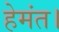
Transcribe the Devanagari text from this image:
हेमंत।